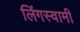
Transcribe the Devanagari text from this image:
लिंगस्वामी